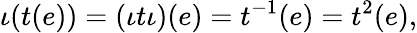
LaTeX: \iota(t(e))=(\iota t\iota)(e)=t^{-1}(e)=t^{2}(e),